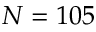
N = 1 0 5